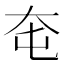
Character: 𡗥